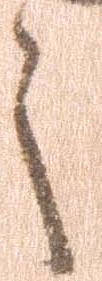
之